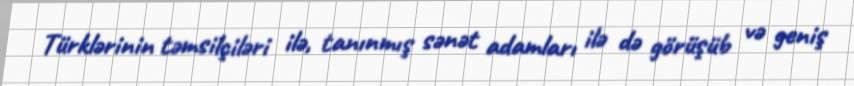
Türklərinin təmsilçiləri ilə, tanınmış sənət adamları ilə də görüşüb və geniş